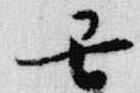
丑